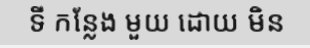
ទី កន្លែង មួយ ដោយ មិន